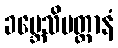
ခမ္ဘေသိမတ္တာနံ